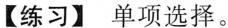
【练习】 单项选择。